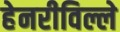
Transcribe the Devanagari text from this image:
हेनरीविल्ले